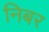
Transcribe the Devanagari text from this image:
निबर